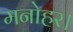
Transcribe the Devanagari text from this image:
मनोहर।